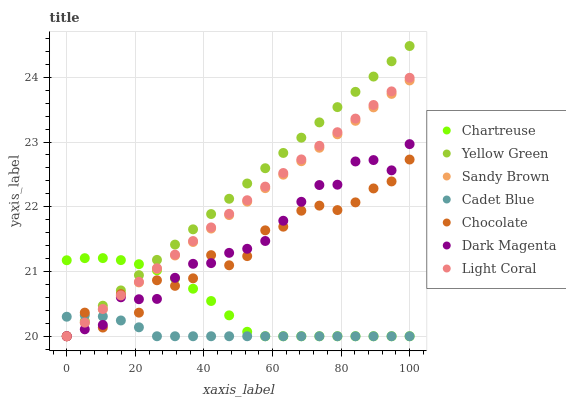
| xaxis_label | Chartreuse | Yellow Green | Sandy Brown | Cadet Blue | Chocolate | Dark Magenta | Light Coral |
 | --- | --- | --- | --- | --- | --- | --- | --- |
 | 0 | 21.2 | 20 | 20 | 20.3 | 20 | 20 | 20 |
 | 5.26 | 21.2 | 20.2 | 20.2 | 20.3 | 20.4 | 20.1 | 20.2 |
 | 10.5 | 21.2 | 20.5 | 20.4 | 20.3 | 20.1 | 20.2 | 20.4 |
 | 15.8 | 21.2 | 20.7 | 20.6 | 20.2 | 20.7 | 20.6 | 20.6 |
 | 21.1 | 21.1 | 20.9 | 20.8 | 20.1 | 20.4 | 20.6 | 20.8 |
 | 26.3 | 21 | 21.2 | 21 | 20 | 20.9 | 20.6 | 21.1 |
 | 31.6 | 20.9 | 21.4 | 21.2 | 20 | 20.8 | 20.9 | 21.3 |
 | 36.8 | 20.7 | 21.7 | 21.5 | 20 | 20.9 | 21.1 | 21.5 |
 | 42.1 | 20.5 | 21.9 | 21.7 | 20 | 21.3 | 21.1 | 21.7 |
 | 47.4 | 20.3 | 22.1 | 21.9 | 20 | 21.1 | 21.3 | 21.9 |
 | 52.6 | 20.1 | 22.4 | 22.1 | 20 | 21.2 | 21.4 | 22.1 |
 | 57.9 | 20 | 22.6 | 22.3 | 20 | 21.6 | 21.5 | 22.3 |
 | 63.2 | 20 | 22.8 | 22.5 | 20 | 21.7 | 21.8 | 22.5 |
 | 68.4 | 20 | 23.1 | 22.7 | 20 | 21.9 | 22.1 | 22.7 |
 | 73.7 | 20 | 23.3 | 22.9 | 20 | 22 | 22.3 | 22.9 |
 | 78.9 | 20 | 23.5 | 23.1 | 20 | 21.9 | 22.3 | 23.2 |
 | 84.2 | 20 | 23.8 | 23.3 | 20 | 22.1 | 22.7 | 23.4 |
 | 89.5 | 20 | 24 | 23.5 | 20 | 22.3 | 22.7 | 23.6 |
 | 94.7 | 20 | 24.2 | 23.7 | 20 | 22.4 | 22.6 | 23.8 |
 | 100 | 20 | 24.5 | 24 | 20 | 22.7 | 23 | 24 |